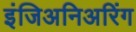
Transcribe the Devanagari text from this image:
इंजिअनिअरिंग